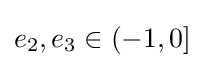
e_{2},e_{3}\in (-1,0]